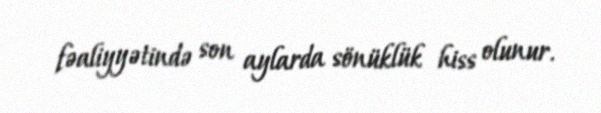
fəaliyyətində son aylarda sönüklük hiss olunur.